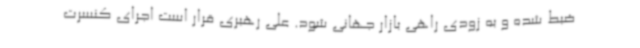
ضبط شده و به زودی راهی بازار جهانی شود. علی رهبری قرار است اجرای کنسرت